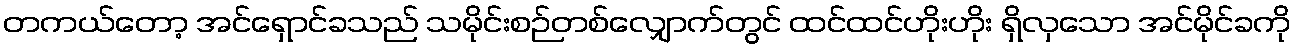
တကယ်တော့ အင်ရှောင်ခသည် သမိုင်းစဉ်တစ်လျှောက်တွင် ထင်ထင်ဟိုးဟိုး ရှိလှသော အင်မိုင်ခကို